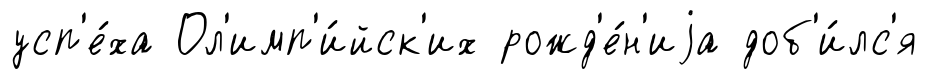
усп'е́ха Ол'имп'и́йск'их рожд'е́н'иjа доб'и́лс'я